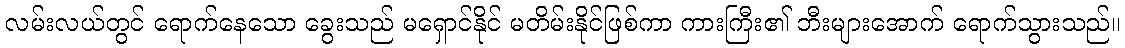
လမ်းလယ်တွင် ရောက်နေသော ခွေးသည် မရှောင်နိုင် မတိမ်းနိုင်ဖြစ်ကာ ကားကြီး၏ ဘီးများအောက် ရောက်သွားသည်။